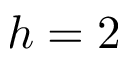
h = 2